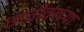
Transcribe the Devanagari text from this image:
छातीवरच्या